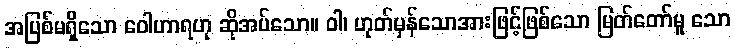
အပြစ်မရှိသော ဝေါဟာရဟု ဆိုအပ်သော။ ဝါ၊ ဟုတ်မှန်သောအားဖြင့်ဖြစ်သော မြတ်တော်မူ သော